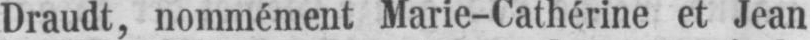
Draudt, nommément Marie-Cathérine et Jean